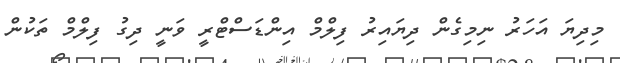
މިދިޔަ އަހަރު ނިމިގެން ދިޔައިރު ފިލްމް އިންޑަސްޓްރީ ވަނީ ދިގު ފިލްމް ތަކުން